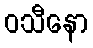
ဝသီနော